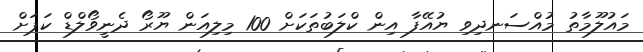
މައުލޫމާތު މުއްސަނދިވި ޔުއޭފާ އިން ކްލަބުތަކަށް 100 މިލިއަން ޔޫރޯ ދެނީވޯލްޑް ކަޕަށް